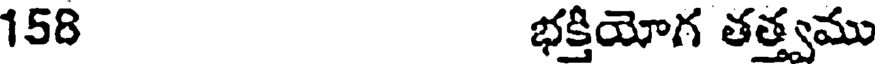
158 భక్తియోగ తత్త్వము